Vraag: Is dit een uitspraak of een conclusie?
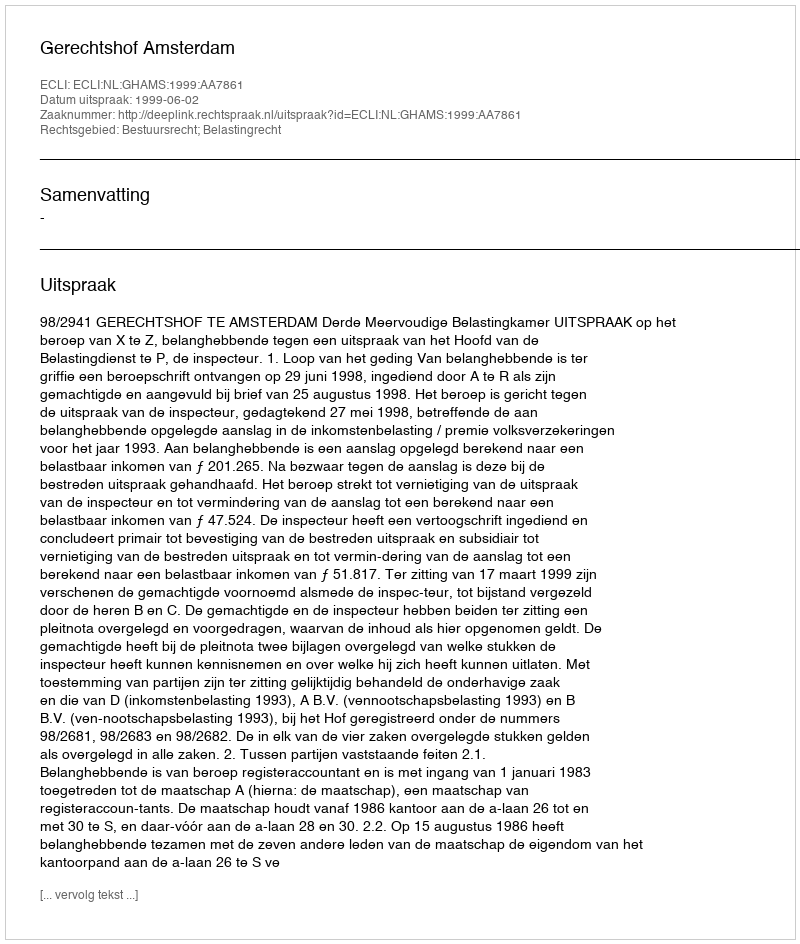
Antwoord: Uitspraak